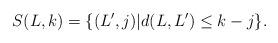
LaTeX: \begin{gather*}S(L,k) = \{(L',j) | d(L,L')\leq k-j\}.\end{gather*}